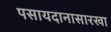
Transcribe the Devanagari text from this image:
पसायदानासारखा